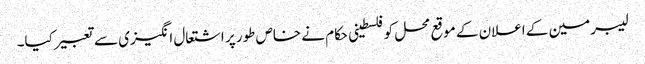
لیبرمین کے اعلان کے موقع محل کوفلسطینی حکام نے خاص طور پر اشتعال انگیزی سے تعبیر کیا۔